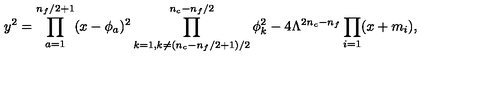
y ^ { 2 } = \prod _ { a = 1 } ^ { n _ { f } / 2 + 1 } ( x - \phi _ { a } ) ^ { 2 } \prod _ { k = 1 , k \neq ( n _ { c } - n _ { f } / 2 + 1 ) / 2 } ^ { n _ { c } - n _ { f } / 2 } \phi _ { k } ^ { 2 } - 4 \Lambda ^ { 2 n _ { c } - n _ { f } } \prod _ { i = 1 } ( x + m _ { i } ) ,